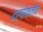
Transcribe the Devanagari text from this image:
दर्पोक्तीच